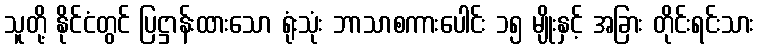
သူတို့ နိုင်ငံတွင် ပြဋ္ဌာန်းထားသော ရုံးသုံး ဘာသာစကားပေါင်း ၁၅ မျိုးနှင့် အခြား တိုင်းရင်းသား